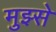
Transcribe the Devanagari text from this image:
मुझ्से